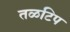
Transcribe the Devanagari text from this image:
तळटिप